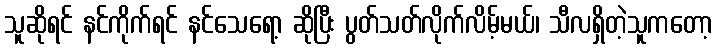
သူဆိုရင် နင်ကိုက်ရင် နင်သေရော့ ဆိုပြီး ပွတ်သတ်လိုက်လိမ့်မယ်၊ သီလရှိတဲ့သူကတော့